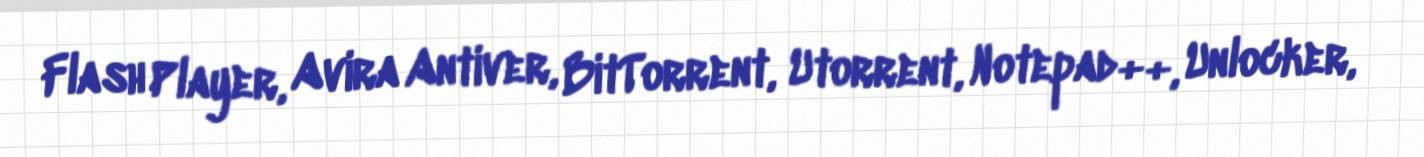
Flash Player, Avira Antiver, BitTorrent, Utorrent, Notepad++, Unlocker,